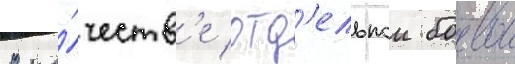
В ка́честв'е отд'ельнои боевои